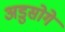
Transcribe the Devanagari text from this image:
अडुसोगे